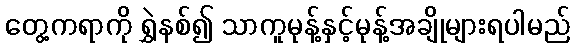
တွေ့ကရာကို ရွှဲနစ်၍ သာကူမုန့်နှင့်မုန့်အချိုများရပါမည်